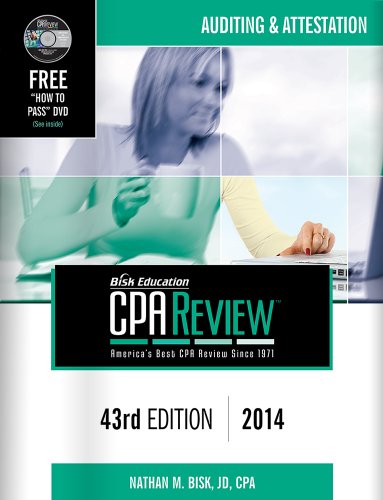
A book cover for Bisk CPA Review: Auditing & Attestation, 43rd Edition, 2014(CPA Comprehensive Exam Review- Auditing and Attestation) (Bisk Comprehensive CPA Review); Nathan M. Bisk; Test Preparation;